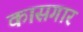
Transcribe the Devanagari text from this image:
कासगार